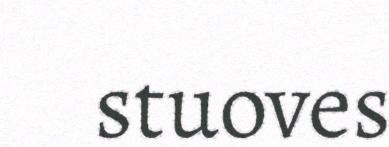
stuoves